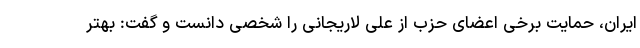
ایران، حمایت برخی اعضای حزب از علی لاریجانی را شخصی دانست و گفت: بهتر